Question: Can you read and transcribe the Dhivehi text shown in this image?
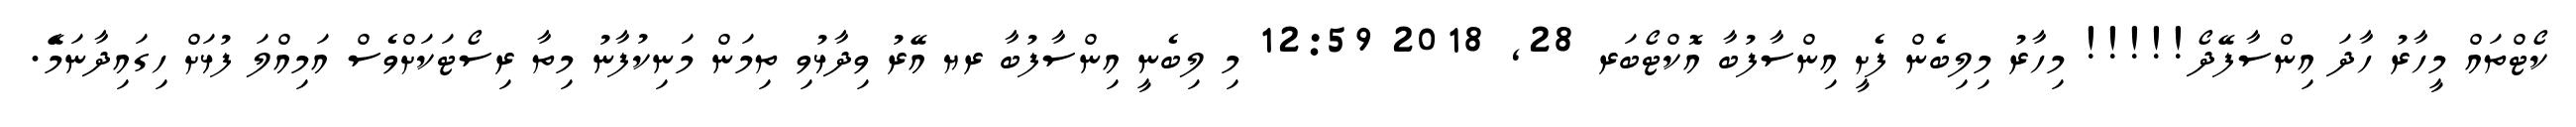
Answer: ކޯޓްތައް މީހާރު ހާދަ އިންސާފޭދޯ!!!!! މިހާރު މިލިބެން ފެށީ އިންސާފުބާ އޮކްޓޯބަރ 28, 2018 12:59 މި ލިބެނީ އިންސާފުބާ ރޔ އޭރު ވިދާޅުވި ތިމަން މަނިކުފާނު މިތާ ރިސޯޓަކަށްވެސް އަމިއްލަ ފުޅަށް ހިގައިދާނަމެޭ.